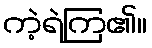
ကဲ့ရဲကြ၏။